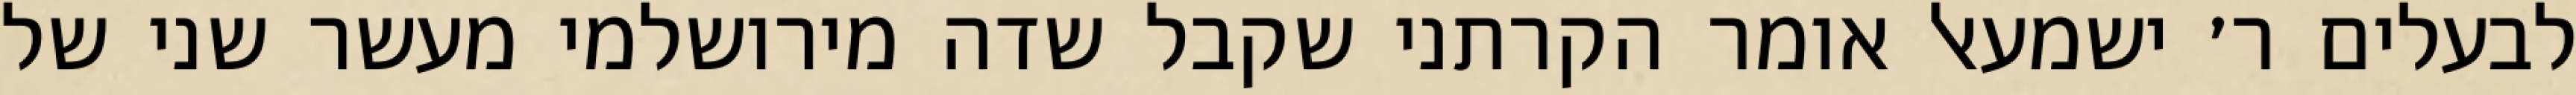
לבעלים ר׳ ישמעאל אומר הקרתני שקבל שדה מירושלמי מעשר שני של